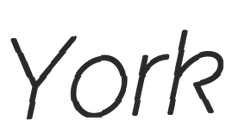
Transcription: York